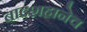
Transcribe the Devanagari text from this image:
बादशहानेच